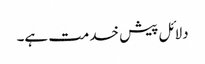
دلائل پیش خدمت ہے۔